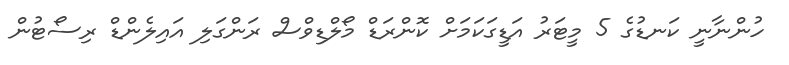
ހުންނާނީ ކަނޑުގެ 5 މީޓަރު އަޑީގަކަމަށް ކޮންރަޑް މޯލްޑިވްސް ރަންގަލި އައިލެންޑް ރިސޯޓުން